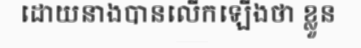
ដោយនាងបានលើកឡើងថា ខ្លួន